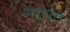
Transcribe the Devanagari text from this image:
महापूरा